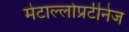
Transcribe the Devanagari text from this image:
मेटाल्लोप्रटीनेज